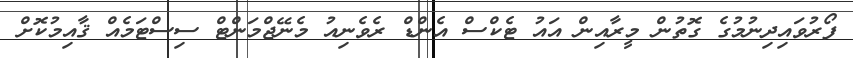
ފޯރުވައިދިނުމުގެ ގޮތުން މީރާއިން އައު ޓެކްސް އެންޑް ރެވެނިއު މެނޭޖްމަންޓް ސިސްޓަމެއް ޤާއިމުކޮށް